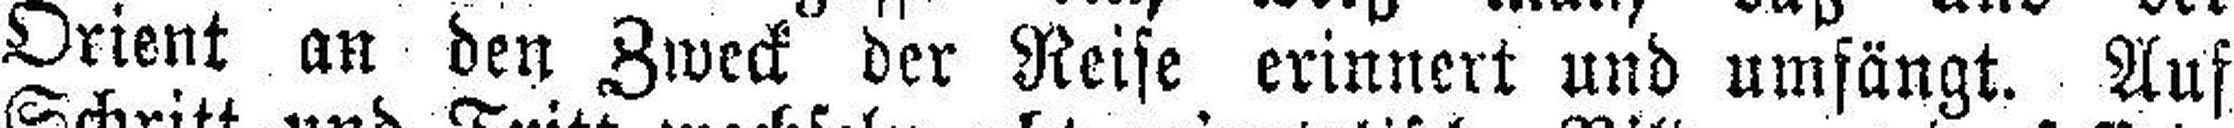
Orient an den Zweck der Reise erinnert und umfängt. Auf